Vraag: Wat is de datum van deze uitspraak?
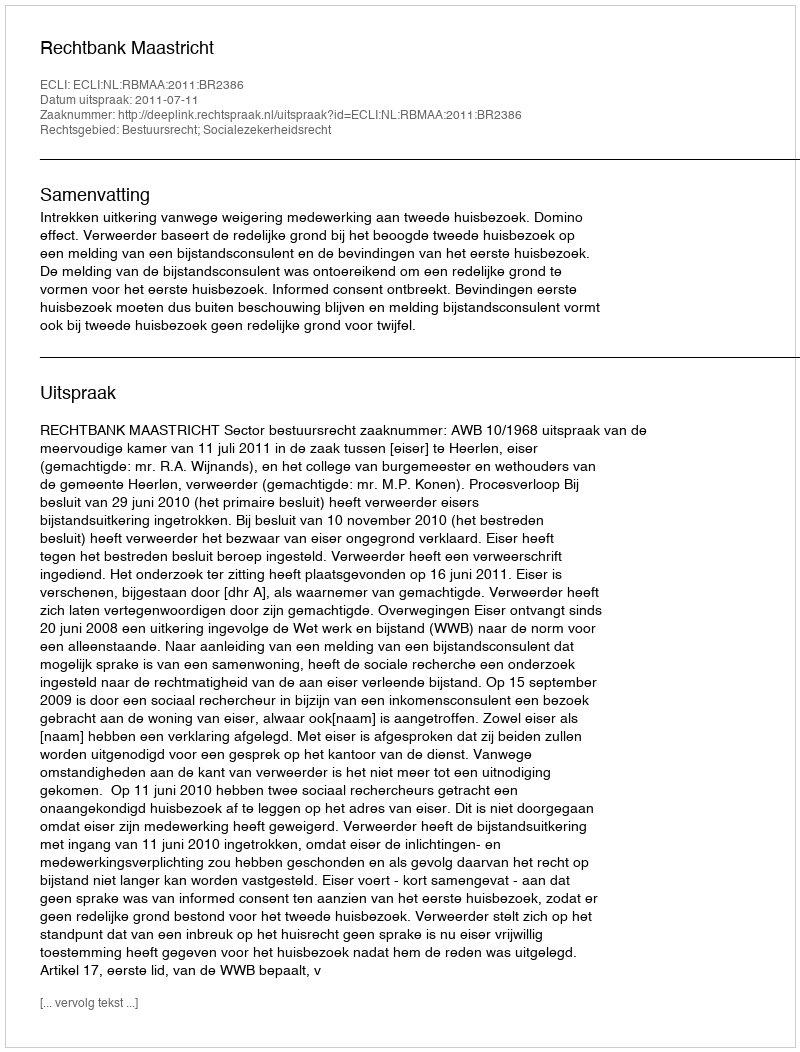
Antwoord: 2011-07-11